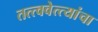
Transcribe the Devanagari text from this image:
तत्त्ववेत्त्यांचा